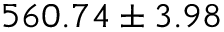
5 6 0 . 7 4 \pm 3 . 9 8